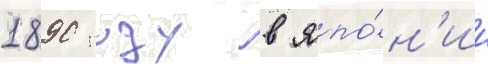
1890 году в япо́н'ии